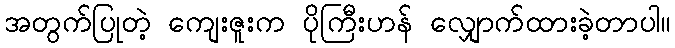
အတွက်ပြုတဲ့ ကျေးဇူးက ပိုကြီးဟန် လျှောက်ထားခဲ့တာပါ။